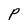
Character: p